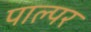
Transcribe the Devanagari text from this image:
पाल्पर